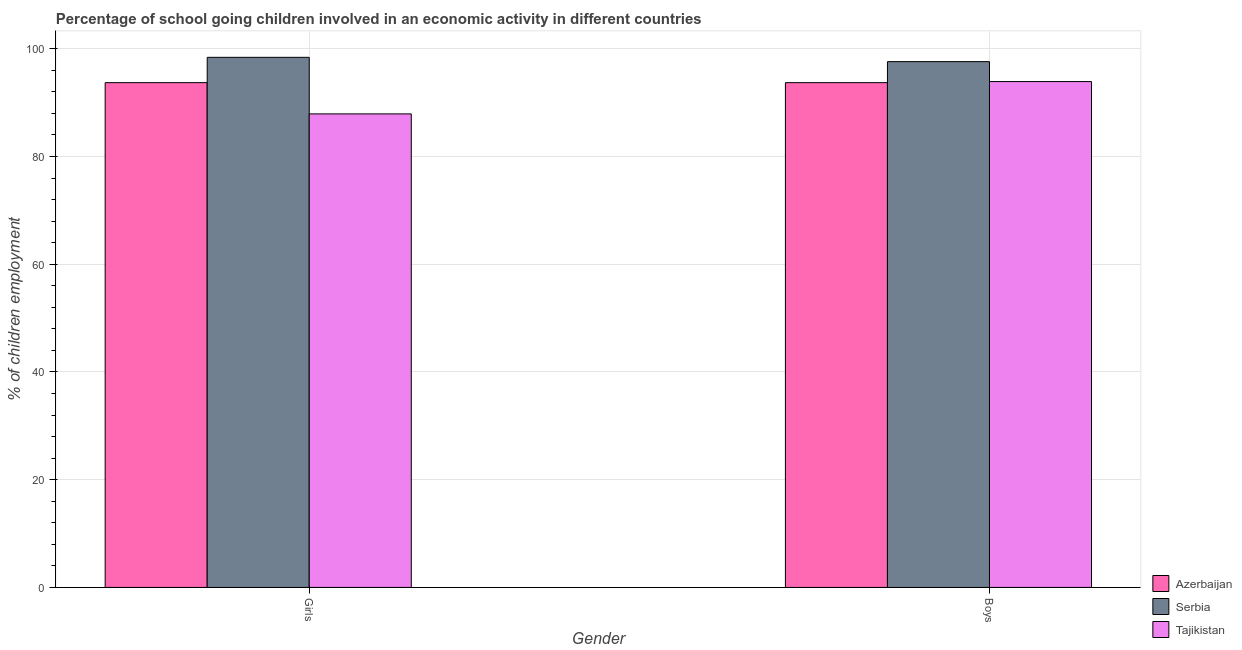
| Gender | Azerbaijan | Serbia | Tajikistan |
 | --- | --- | --- | --- |
 | Girls | 93.7 | 98.4 | 87.9 |
 | Boys | 93.7 | 97.6 | 93.9 |